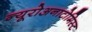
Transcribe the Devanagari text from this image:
न्यूरोअनाटोमिस्ट